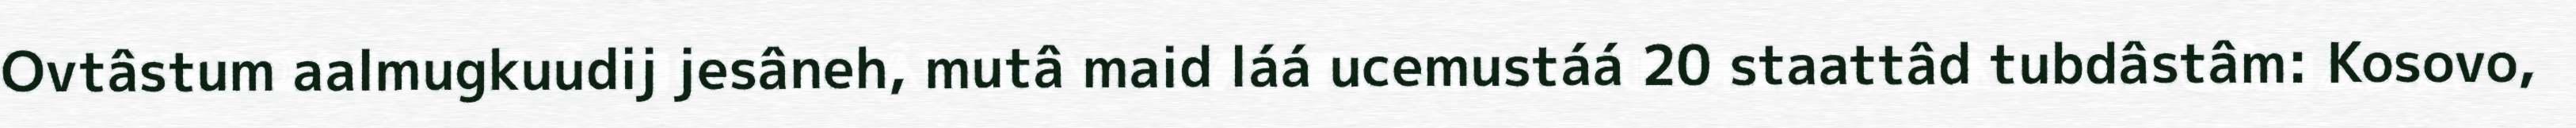
Ovtâstum aalmugkuudij jesâneh, mutâ maid láá ucemustáá 20 staattâd tubdâstâm: Kosovo,